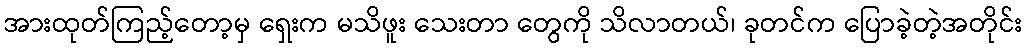
အားထုတ်ကြည့်တော့မှ ရှေးက မသိဖူး သေးတာ တွေကို သိလာတယ်၊ ခုတင်က ပြောခဲ့တဲ့အတိုင်း